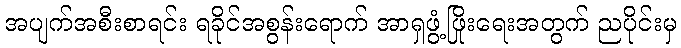
အပျက်အစီးစာရင်း ရခိုင်အစွန်းရောက် အာရှဖွံ့ဖြိုးရေးအတွက် ညပိုင်းမှ